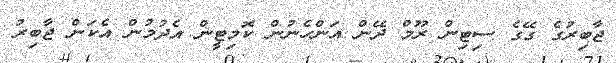
ޖާބިރުގެ ގޭގެ ސިޓިން ރޫމް ދޭން އަންހެނުން ކޮމިޓީން އެދުމުން އެކަން ޖާބިރު